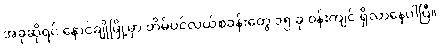
အခုဆိုရင် နောင်ချိုမြို့မှာ တိမ်ပင်လယ်စခန်းတွေ ၁၅ ခု ဝန်းကျင် ရှိလာနေပါပြီ။